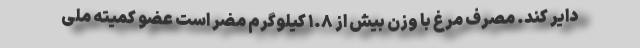
دایر کند. مصرف مرغ با وزن بیش از ۱.۸ کیلوگرم مضر است عضو کمیته ملی